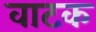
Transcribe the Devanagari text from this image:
वाटक